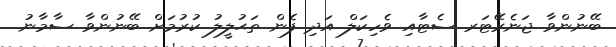
ބޭނުންވާ ޖަނެރޭޓަރ ސެޓާއި ވެހިކަލް އަދި ފެން ތަޙުލީލު ކުރުމަށް ބޭނުންވާ ސާމާނު